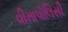
વીમાપૉલિસી